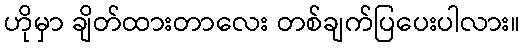
ဟိုမှာ ချိတ်ထားတာလေး တစ်ချက်ပြပေးပါလား။